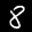
Label: 8